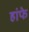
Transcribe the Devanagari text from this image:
हांफे